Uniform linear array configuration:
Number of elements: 4
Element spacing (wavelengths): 0.75
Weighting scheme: hamming
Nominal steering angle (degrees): -45
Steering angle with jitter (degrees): -45.459
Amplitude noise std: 0.05
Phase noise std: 0.05

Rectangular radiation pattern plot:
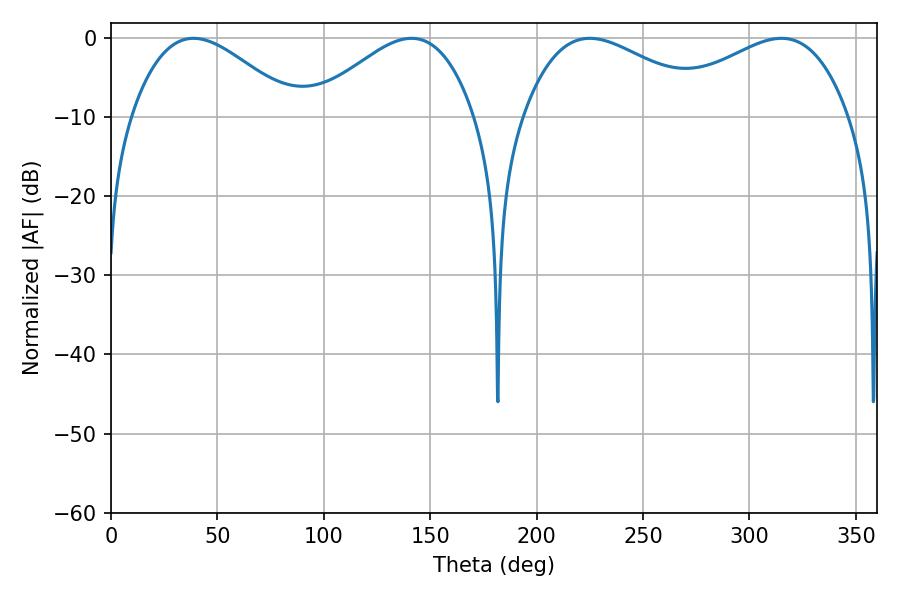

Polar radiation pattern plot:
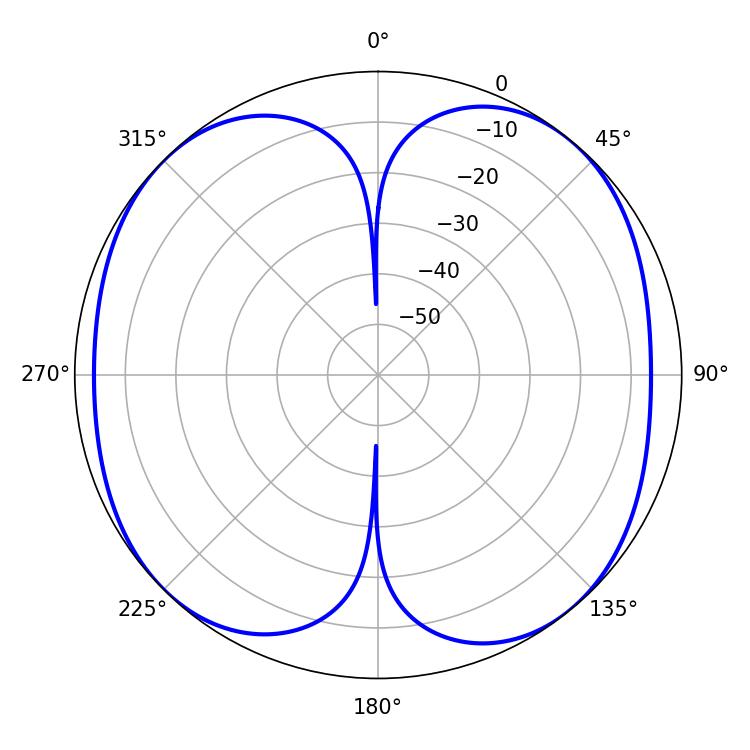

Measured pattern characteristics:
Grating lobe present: TRUE
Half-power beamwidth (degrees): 49.14
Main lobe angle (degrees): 225